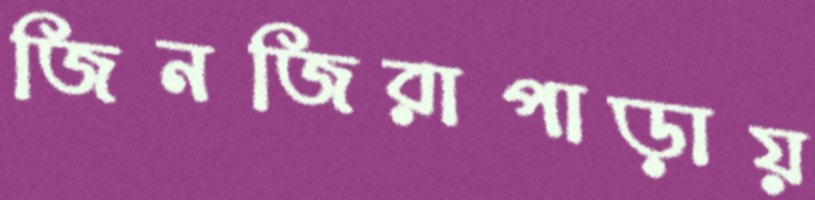
জিনজিরাপাড়ায়